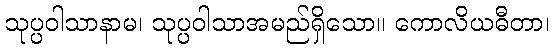
သုပ္ပဝါသာနာမ၊ သုပ္ပဝါသာအမည်ရှိသော။ ကောလိယဓီတာ၊